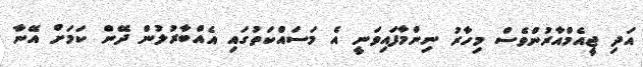
އަދި ޖީއެމްއާރުންވެސް މިހާރު ނިންމާފައިވަނީ އެ މަސައްކަތުގައި އެއްބާރުލުން ދޭން ކަމަށް އޭނާ